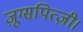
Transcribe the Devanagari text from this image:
ज़ूग्सपित्ज़ी।